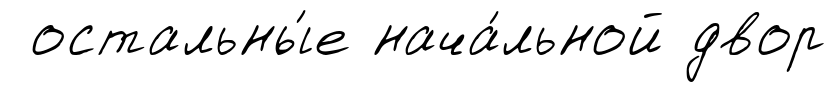
остальны́е нача́льной двор